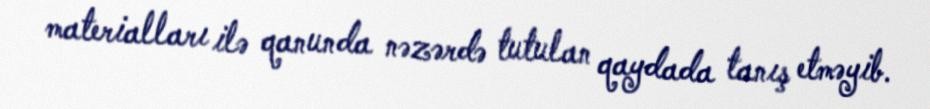
materialları ilə qanunda nəzərdə tutulan qaydada tanış etməyib.